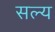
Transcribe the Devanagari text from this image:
सल्य